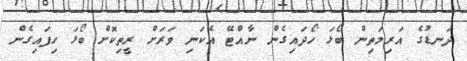
ދަނޑުގެ އަރިމަތިން ބޯޅަ ހޯދައިގެން ނާއްޓޭ އެކަނި ވަރަށް ރީތިކޮށް ބޯޅަ ހިފައިގެން